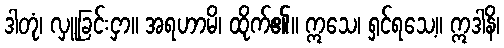
ဒါတုံ၊ လှူခြင်းငှာ။ အရဟာမိ၊ ထိုက်၏။ ဣသေ၊ ရှင်ရသေ့။ ဣဒါနိ၊